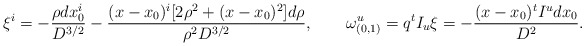
\begin{align*}\xi^i=-{\rho dx_0^i\over D^{3/2}}-{(x-x_0)^i[2\rho^2+(x-x_0)^2]d\rho\over \rho^2 D^{3/2}},\quad\quad\omega^u_{(0,1)}=q^tI_u\xi=-{(x-x_0)^tI^udx_0\over D^2}.\end{align*}